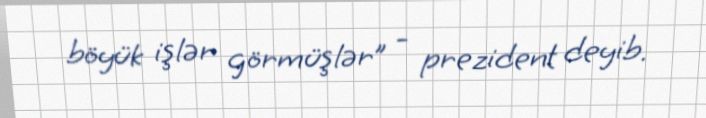
böyük işlər görmüşlər” - prezident deyib.